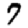
Digit: 7